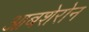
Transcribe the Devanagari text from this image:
आबशेरोन